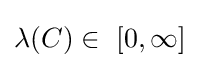
\lambda (C)\in \ [0,\infty ]